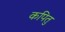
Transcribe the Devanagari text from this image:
कपितु